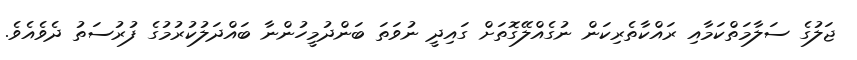
ޖަލުގެ ސަލާމަތްކަމާއި ރައްކާތެރިކަން ނުގެއްލޭގޮތަށް ގައިދީ ނުވަތަ ބަންދުމީހުންނާ ބައްދަލުކުރުމުގެ ފުރުސަތު ދެވެއެވެ.